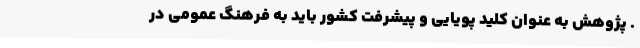
. پژوهش به عنوان کلید پویایی و پیشرفت کشور باید به فرهنگ عمومی در